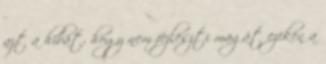
azt a hibát, hogy nem fejleszti magát ezeken a